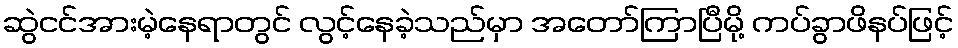
ဆွဲငင်အားမဲ့နေရာတွင် လွင့်နေခဲ့သည်မှာ အတော်ကြာပြီမို့ ကပ်ခွာဖိနပ်ဖြင့်